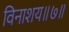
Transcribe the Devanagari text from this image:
विनाशय॥७॥